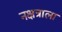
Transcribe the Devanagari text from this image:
नक्षत्राला